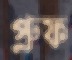
প্রুফ